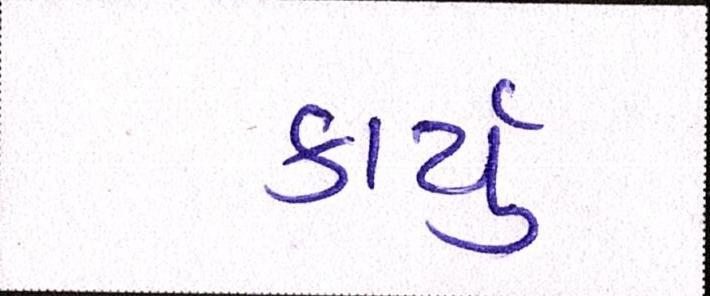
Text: કાર્યું